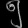
Digit: ၅